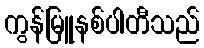
ကွန်မြူနစ်ပါတီသည်